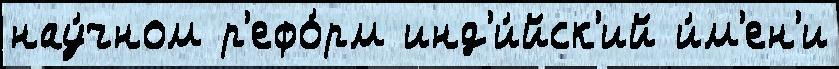
нау́чном р'ефо́рм инд'и́йск'ий и́м'ен'и